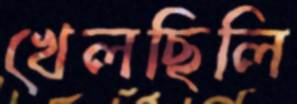
খেলছিলি